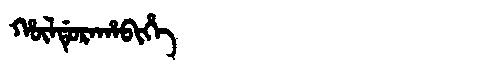
Manchu: ᡥᡡᠯᡩᡠᡵᠠᡥᠠᠪᡳᡥᡝ
Romanization: HŪLDURAHABIHE